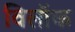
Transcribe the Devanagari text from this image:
विलॉक